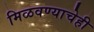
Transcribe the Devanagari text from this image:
मिळवण्याचेही